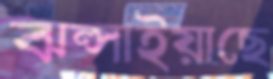
ঝল্‌সাইয়াছে